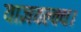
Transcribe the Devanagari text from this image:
याज्ञवल्क्य।